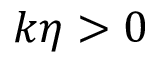
k \eta > 0